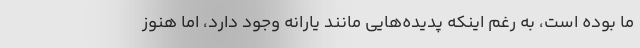
ما بوده است، به رغم اینکه پدیده‌هایی مانند یارانه وجود دارد، اما هنوز